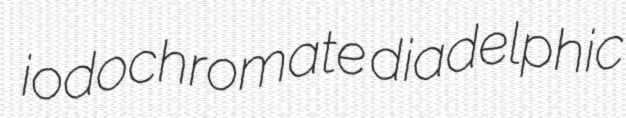
iodochromate diadelphic